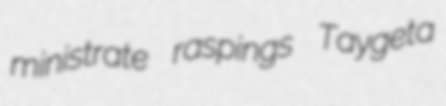
ministrate raspings Taygeta